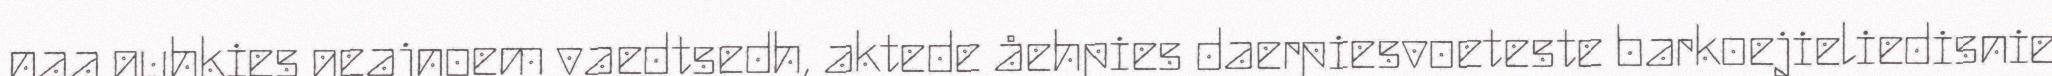
naa guhkies geajnoem vaedtsedh, aktede åehpies daerpiesvoeteste barkoejieliedisnie